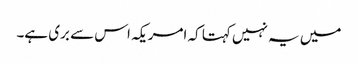
میں یہ نہیں کہتا کہ امریکہ اس سے بری ہے۔